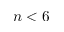
n < 6